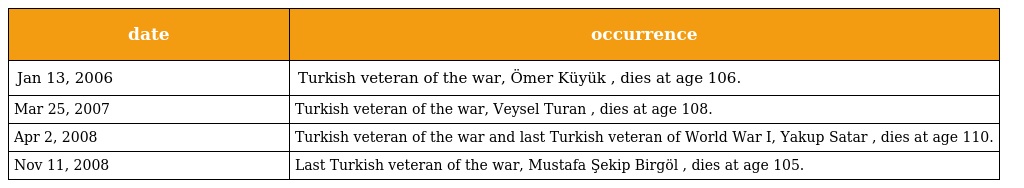
| date | occurrence |
 | --- | --- |
 | Jan 13, 2006 | Turkish veteran of the war, Ömer Küyük , dies at age 106. |
 | Mar 25, 2007 | Turkish veteran of the war, Veysel Turan , dies at age 108. |
 | Apr 2, 2008 | Turkish veteran of the war and last Turkish veteran of World War I, Yakup Satar , dies at age 110. |
 | Nov 11, 2008 | Last Turkish veteran of the war, Mustafa Şekip Birgöl , dies at age 105. |